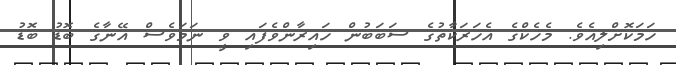
ހަމަކޮށްލިއެވެ. މެހެކްގެ އެހަރަކާތުގެ ސަބަބުން ހައިރާންވެފައި ވީ ނަމަވެސް އޭނާގެ ބޮޑު ބޮޑު